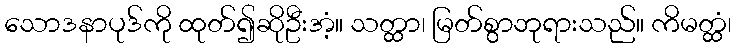
သောဒနာပုဒ်ကို ထုတ်၍ဆိုဦးအံ့။ သတ္ထာ၊ မြတ်စွာဘုရားသည်။ ကိမတ္ထံ၊